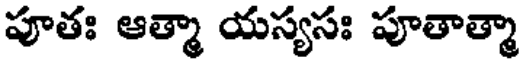
పూతః ఆత్మా యస్యసః పూతాత్మా